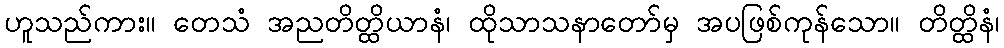
ဟူသည်ကား။ တေသံ အညတိတ္ထိယာနံ၊ ထိုသာသနာတော်မှ အပဖြစ်ကုန်သော။ တိတ္ထိနံ၊